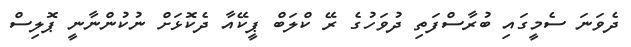
ދެވަނަ ސެމީގައި ބުރާސްފަތި ދުވަހުގެ ރޭ ކްލަބް ޕީކޭއާ ދެކޮޅަށް ނުކުންނާނީ ޕޮލިސް